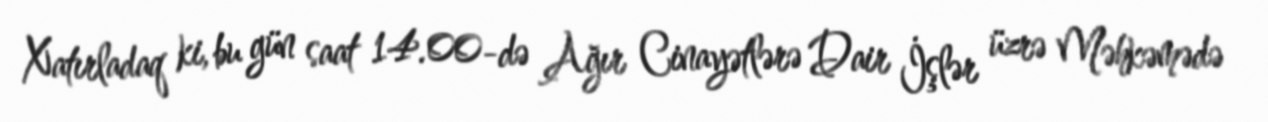
Xatırladaq ki, bu gün saat 14.00-də Ağır Cinayətlərə Dair İşlər üzrə Məhkəmədə